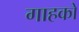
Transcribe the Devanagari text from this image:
गाहकों